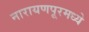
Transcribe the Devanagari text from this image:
नारायणपूरमध्ये